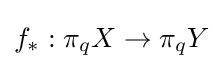
f_{*}:\pi _{q}X\to \pi _{q}Y